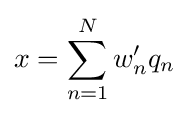
x=\sum _{n=1}^{N}w'_{n}q_{n}